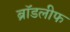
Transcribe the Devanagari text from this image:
ब्रॉडलीफ